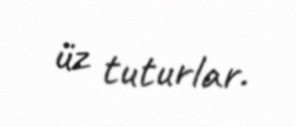
üz tuturlar.